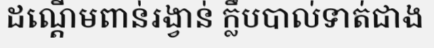
ដណ្តើមពាន់រង្វាន់ ក្លឹបបាល់ទាត់ជាង